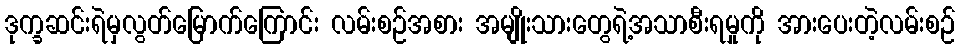
ဒုက္ခဆင်းရဲမှလွတ်မြောက်ကြောင်း လမ်းစဉ်အစား အမျိုးသားတွေရဲ့အသာစီးရမှုကို အားပေးတဲ့လမ်းစဉ်